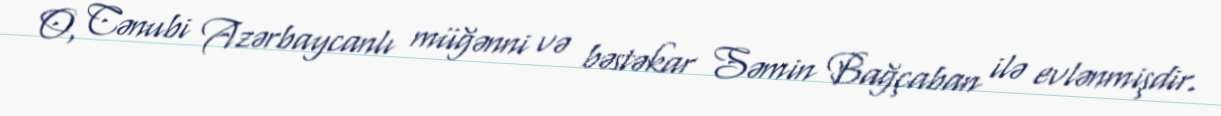
O, Cənubi Azərbaycanlı müğənni və bəstəkar Səmin Bağçaban ilə evlənmişdir.